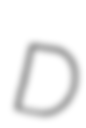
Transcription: D